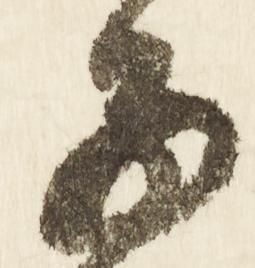
子